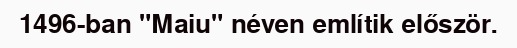
1496-ban "Maiu" néven említik először.